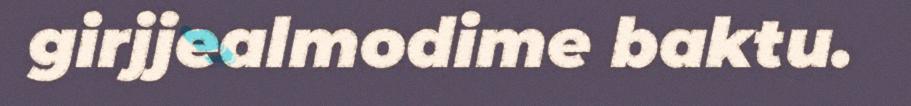
girjjealmodime baktu.